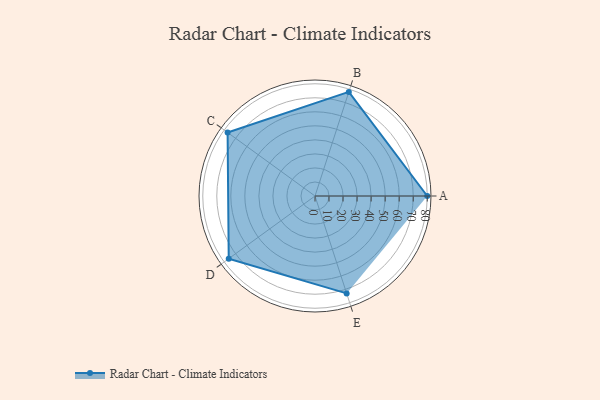
{"axis": {"x": "Skill", "y": "Score"}, "legend": ["Profile"], "data": [{"x": "A", "y": 80.0, "type": "Profile"}, {"x": "B", "y": 78.0, "type": "Profile"}, {"x": "C", "y": 77.0, "type": "Profile"}, {"x": "D", "y": 76.0, "type": "Profile"}, {"x": "E", "y": 73.0, "type": "Profile"}]}